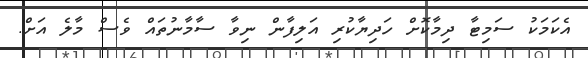
އެކަމަކު ސަމިޓާ ދިމާކޮށް ހަދިޔާކުރި އަލިފާން ނިވާ ސާމާނުތައް ވެސް މާލެ އަށް.